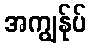
အကျွန်ုပ်